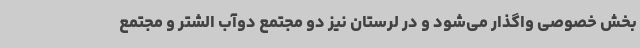
بخش خصوصی واگذار می‌شود و در لرستان نیز دو مجتمع دوآب الشتر و مجتمع